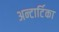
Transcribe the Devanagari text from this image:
अन्टार्टिका